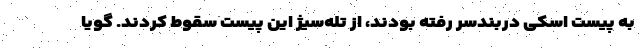
به پیست اسکی دربندسر رفته بودند، از تله‌سیژ این پیست سقوط کردند. گویا